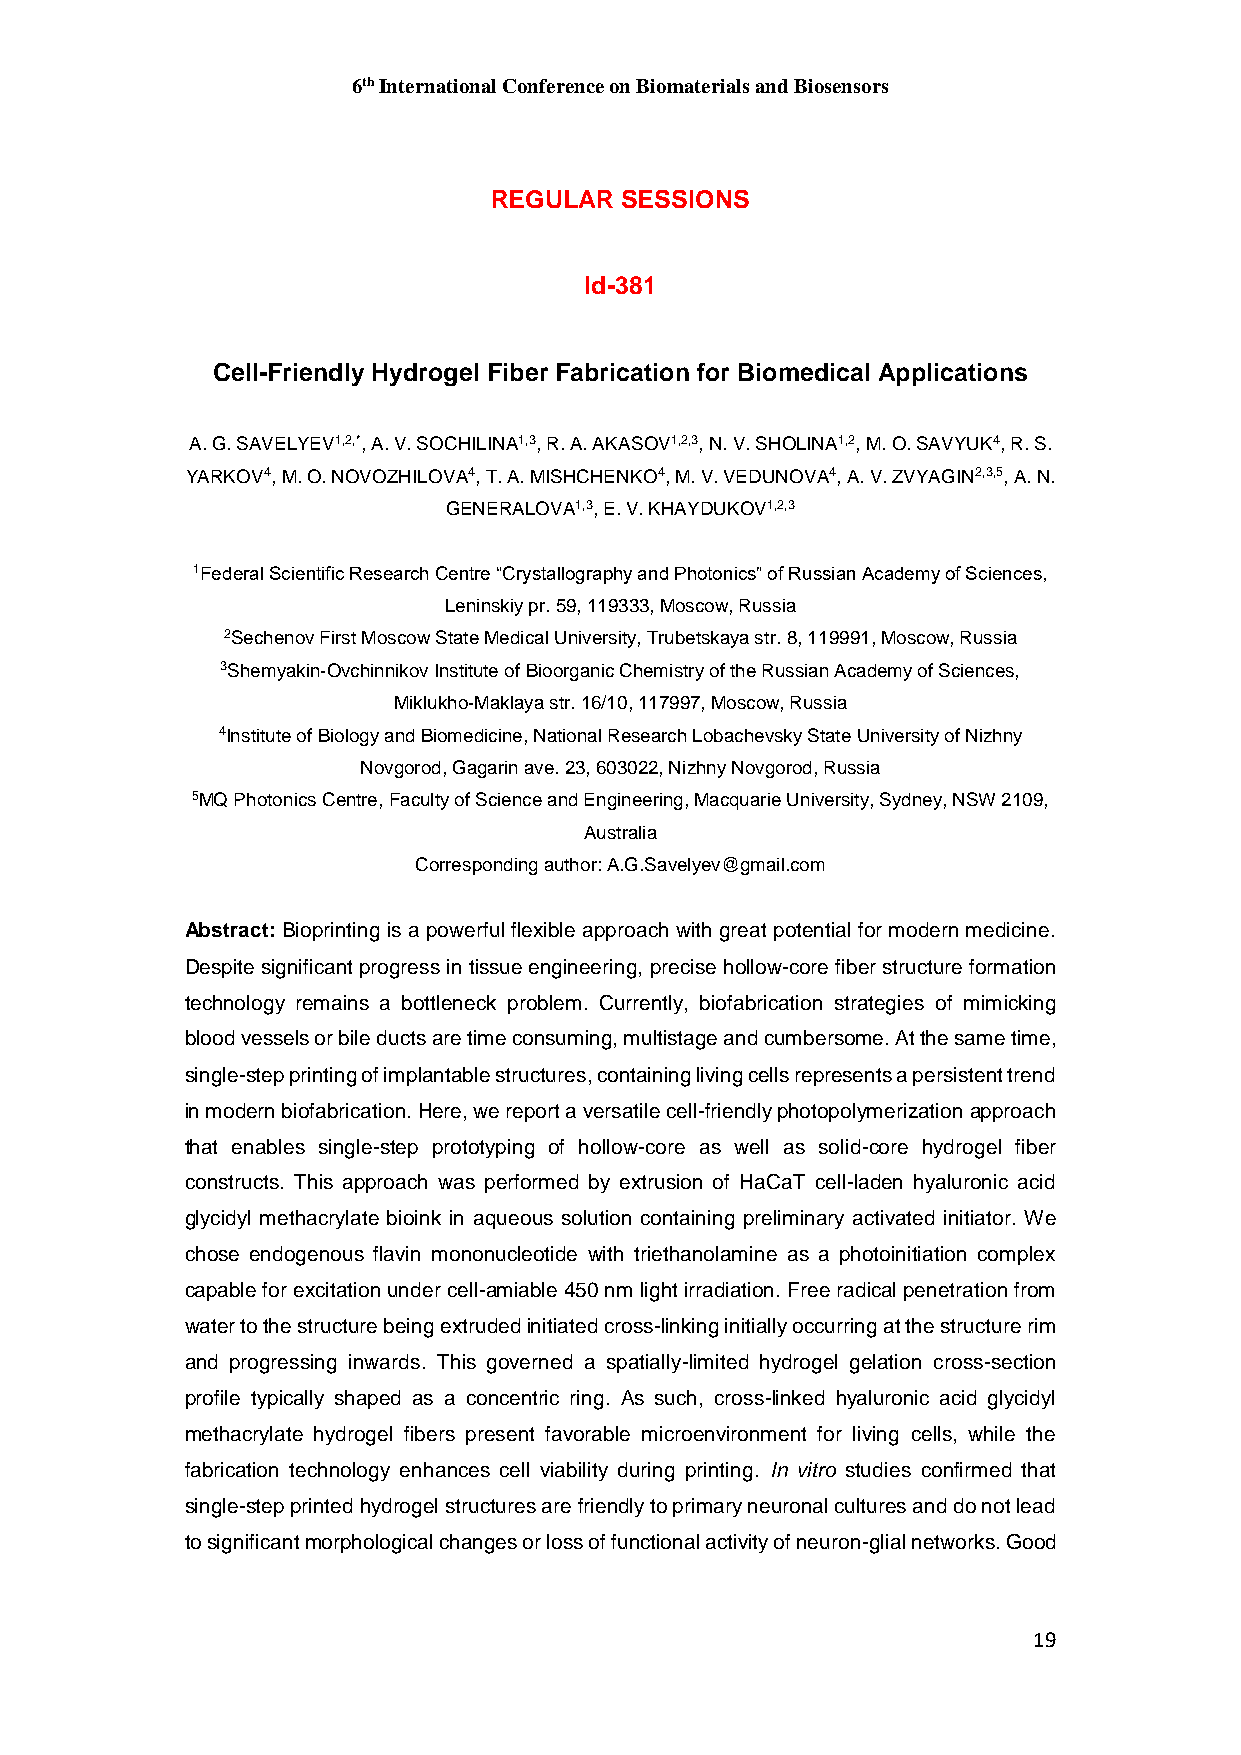
6th International Conference on Biomaterials and Biosensors
 REGULAR  SESSIONS
 Id-381
 Cell-Friendly Hydrogel Fiber Fabrication for Biomedical Applications
 A. G. SAVELYEV1,2,*, A. V. SOCHILINA1,3, R. A. AKASOV1,2,3, N. V. SHOLINA1,2, M. O. SAVYUK4, R. S.
 YARKOV4, M. O. NOVOZHILOVA4, T. A. MISHCHENKO4, M. V. VEDUNOVA4, A. V. ZVYAGIN2,3,5, A. N.
 GENERALOVA1,3, E. V. KHAYDUKOV1,2,3
 1Federal Scientific Research Centre “Crystallography and Photonics” of Russian Academy of Sciences,
 Leninskiy pr. 59, 119333, Moscow, Russia
 2Sechenov First Moscow State Medical University, Trubetskaya str. 8, 119991, Moscow, Russia
 3Shemyakin-Ovchinnikov Institute of Bioorganic Chemistry of the Russian Academy of Sciences,
 Miklukho-Maklaya str. 16/10, 117997, Moscow, Russia
 4Institute of Biology and Biomedicine, National Research Lobachevsky State University of Nizhny
 Novgorod, Gagarin ave. 23, 603022, Nizhny Novgorod, Russia
 5MQ Photonics Centre, Faculty of Science and Engineering, Macquarie University, Sydney, NSW 2109,
 Australia
 Corresponding author: A.G.Savelyev@gmail.com
 Abstract: Bioprinting is a powerful flexible approach with great potential for modern medicine.
 Despite significant progress in tissue engineering, precise hollow-core fiber structure formation
 technology remains a bottleneck problem. Currently, biofabrication strategies of mimicking
 blood vessels or bile ducts are time consuming, multistage and cumbersome. At the same time,
 single-step printing of implantable structures, containing living cells represents a persistent trend
 in modern biofabrication. Here, we report a versatile cell-friendly photopolymerization approach
 that enables single-step prototyping of hollow-core as well as solid-core hydrogel fiber
 constructs. This approach was performed by extrusion of HaCaT cell-laden hyaluronic acid
 glycidyl methacrylate bioink in aqueous solution containing preliminary activated initiator. We
 chose endogenous flavin mononucleotide with triethanolamine as a photoinitiation complex
 capable for excitation under cell-amiable 450 nm light irradiation. Free radical penetration from
 water to the structure being extruded initiated cross-linking initially occurring at the structure rim
 and progressing inwards. This governed a spatially-limited hydrogel gelation cross-section
 profile typically shaped as a concentric ring. As such, cross-linked hyaluronic acid glycidyl
 methacrylate hydrogel fibers present favorable microenvironment for living cells, while the
 fabrication technology enhances cell viability during printing. In vitro studies confirmed that
 single-step printed hydrogel structures are friendly to primary neuronal cultures and do not lead
 to significant morphological changes or loss of functional activity of neuron-glial networks. Good
 19